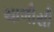
ચાળીસી